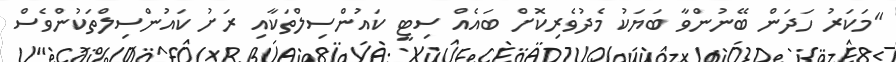
"މަކަރު ހަދަން ބޭނުންވާ ބަޔަކު މެދުވެރިކޮށް ބައެއް ސިޓީ ކައުންސިލްތަކާއި ރަށު ކައުންސިލްތަކުންވެސް